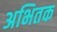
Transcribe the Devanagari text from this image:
अभितक